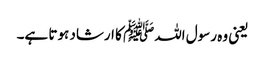
یعنی وہ رسول اللہﷺ کا ارشاد ہوتا ہے۔